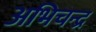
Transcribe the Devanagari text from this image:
अभिचन्द्र